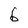
Character: 6